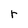
Character: r